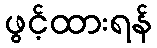
ဖွင့်ထားရန်